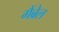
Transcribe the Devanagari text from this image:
गैंब्रेल